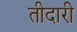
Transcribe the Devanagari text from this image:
तीदारी